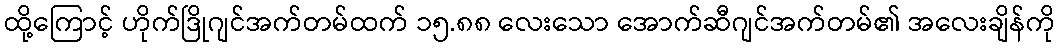
ထို့ကြောင့် ဟိုက်ဒြိုဂျင်အက်တမ်ထက် ၁၅.၈၈ လေးသော အောက်ဆီဂျင်အက်တမ်၏ အလေးချိန်ကို